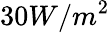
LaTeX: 30W/m^{2}